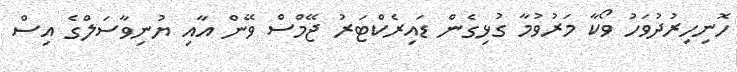
ހޮނިހިރުދުވަހު ވޯކާ މަރުވުމާ ގުޅިގެން ޑައިރެކްޓަރު ޖޭމްސް ވޭން އާއި ޔުނިވާސަލްގެ އިސް